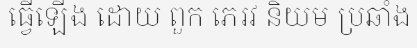
ធ្វើឡើង ដោយ ពួក ភេរវ និយម ប្រឆាំង